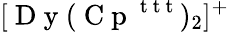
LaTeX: [\mathrm{~D~y~}(\mathrm{~C~p~}^{\mathrm{~t~t~t~}})_{2}]^{+}